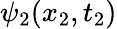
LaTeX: \psi_{2}(x_{2},t_{2})